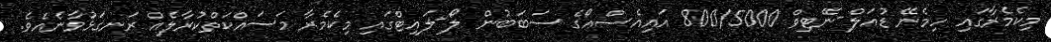
މިކެމެރާގައި ހިމެނޭ ޑުއަލް-ނޭޓިވް 800/5000 އައިއެސްއޯގެ ސަބަބުން ލޯ-ލައިޓްގައި މިކެމެރާ މަސައްކަތްކުރާލެއް ރަނގަޅުވާނެއެވެ.